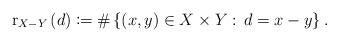
LaTeX: \begin{align*}\mathrm{r}_{X-Y}\left(d\right)\coloneqq\#\left\{ \left(x,y\right)\in X\times Y:\,d=x-y\right\} .\end{align*}